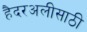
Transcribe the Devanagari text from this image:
हैदरअलीसाठी